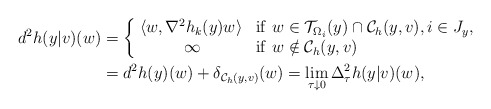
\begin{align*} d^2 h(y|v)(w) &=\left\{\begin{array}{cl} \!\langle w,\nabla^2 h_k(y)w\rangle & {\rm if}\ w\in\mathcal{T}_{\Omega_i}(y)\cap\mathcal{C}_{h}(y,v),i\in J_{y},\\ \infty & {\rm if}\ w\notin\mathcal{C}_{h}(y,v) \end{array}\right. \\ &=d^2 h(y)(w)+\delta_{\mathcal{C}_{h}(y,v)}(w)=\lim_{\tau\downarrow 0}\Delta_{\tau}^2h(y|v)(w), \end{align*}